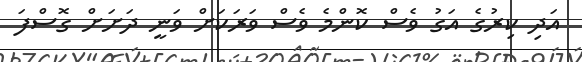
އަދި ކިރުގެ އަގު ވެސް ކޮންމެ ވެސް ވަރަކަށް ވަނީ ދަށަށް ގޮސްފަ